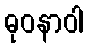
ဓုဝနာဝါ